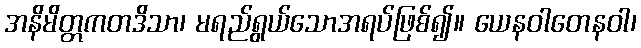
အနိမိတ္တကတဒိသာ၊ မရည်ရွယ်သောအရပ်ဖြစ်၍။ ယေနဝါတေနဝါ၊